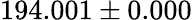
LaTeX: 194.001\pm 0.000